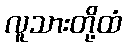
လူသားတို့ထံ